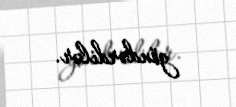
göndərdilər.